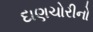
દાણચોરીનો